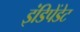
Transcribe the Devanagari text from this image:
इंडिपेंडेट